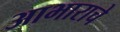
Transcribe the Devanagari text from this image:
आभाराचे